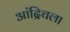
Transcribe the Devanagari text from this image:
आंद्रिचला